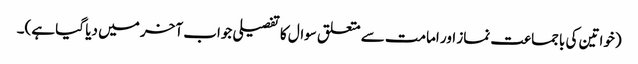
(خواتین کی باجماعت نماز اور امامت سے متعلق سوال کا تفصیلی جواب آخر میں دیا گیا ہے)۔